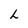
Character: L